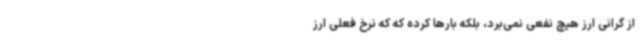
از گرانی ارز هیچ نفعی نمی‌برد، بلکه بارها کرده که که نرخ فعلی ارز